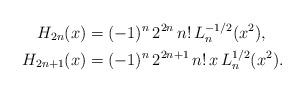
LaTeX: \begin{align*}H_{2n}(x)&=(-1)^n\,2^{2n}\,n!\,L_n^{-1/2}(x^2),\\H_{2n+1}(x)&=(-1)^n\,2^{2n+1}\,n!\,x\,L_n^{1/2}(x^2).\end{align*}